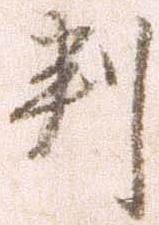
判